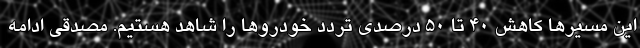
این مسیرها کاهش ۴۰ تا ۵۰ درصدی تردد خودروها را شاهد هستیم. مصدقی ادامه